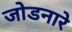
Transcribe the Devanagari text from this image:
जोडनारे